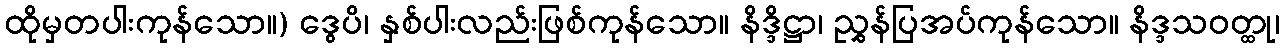
ထိုမှတပါးကုန်သော။) ဒွေပိ၊ နှစ်ပါးလည်းဖြစ်ကုန်သော။ နိဒ္ဒိဋ္ဌာ၊ ညွှန်ပြအပ်ကုန်သော။ နိဒ္ဒသဝတ္ထု၊